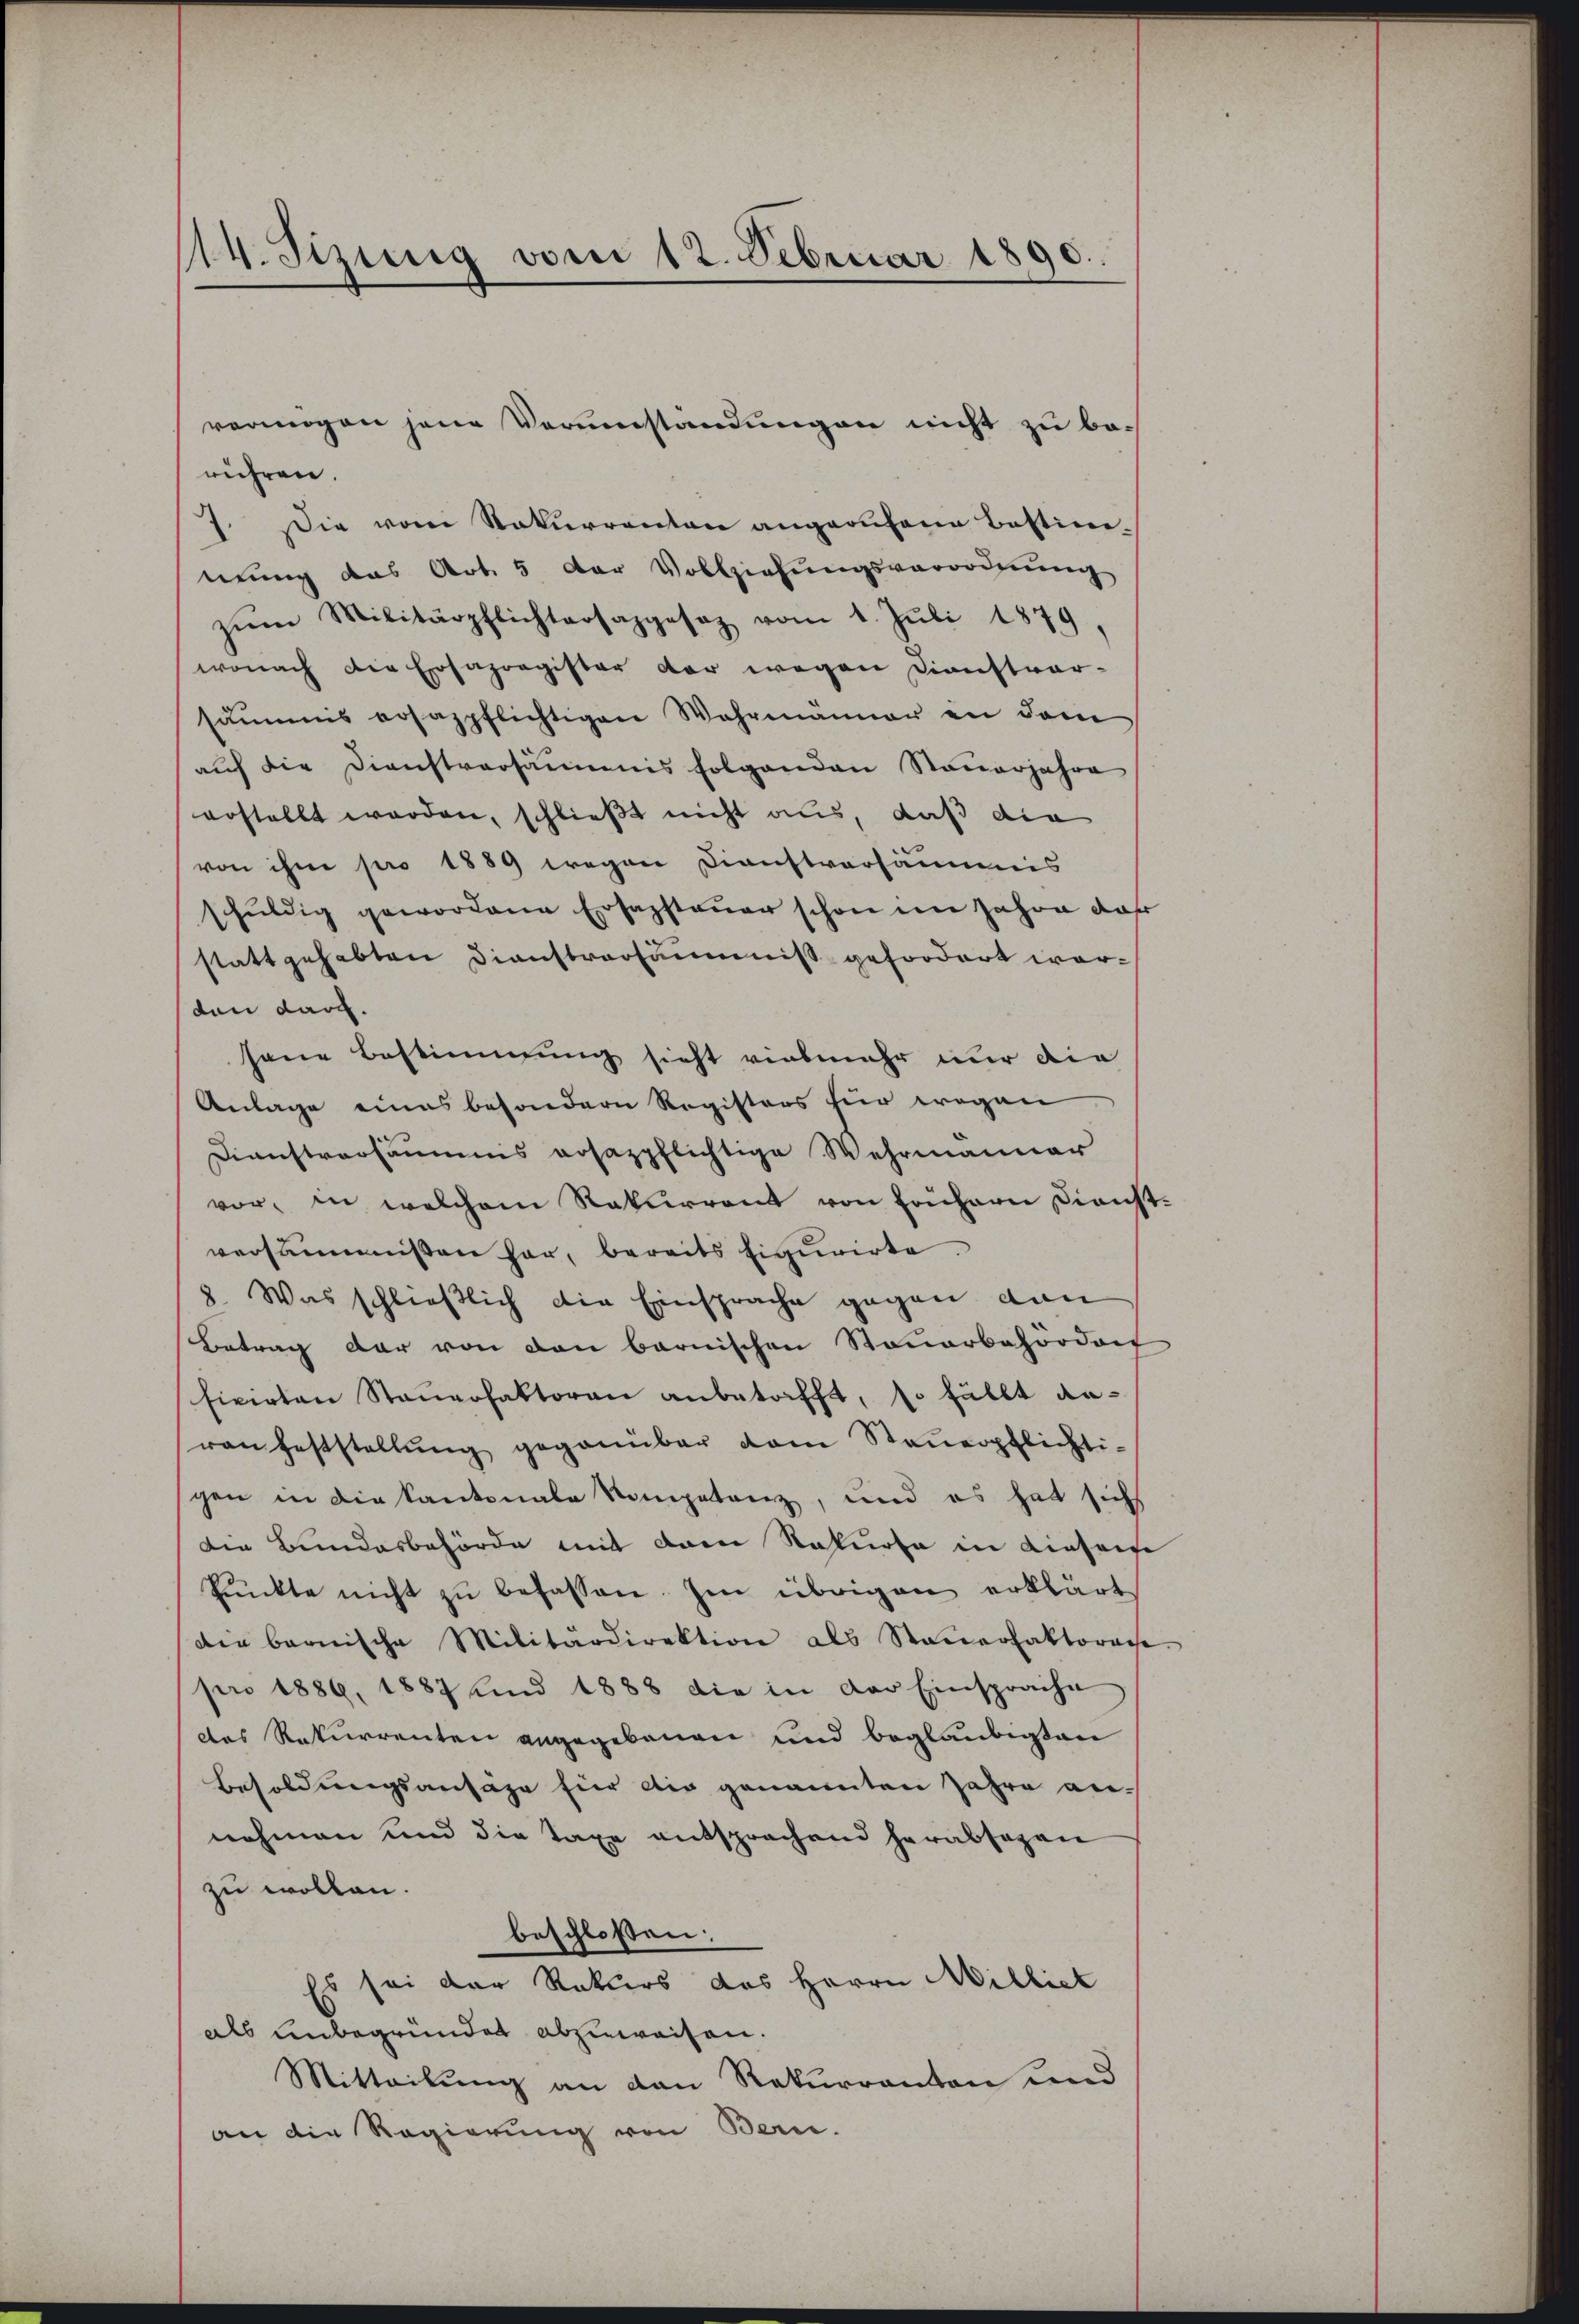
14. Jezing vom 12. Februar 1890.

rühren.
7. Die vom Rekurrenten angerufene Bestimmung das Art. 5 der Vollziehŭngsverordnung
zŭm Militärpflichtersazgesez vom 1. Jŭli 1879,
wonach die Ersapragister der wegen Dienstrar-
summis ersazpflichtigen Wahrmänner in dem
auf die Dienstversäumis folgenden Steuerjahre
erstellt werden, schließt nicht aus, daß die
von ihm pro 1889 wegen Dienstversäumis
schuldig gewordene Ersazsteuer schon im Jahre daß
stattgehabten Dienstrarsäumniß gefordert worden darf.
sene Bestimmung sieht vielmehr nur die
Anlage eines besondern Registers für wegen
Dienstversäumis aosazpflichtige Wehrmanner
vor, in welchem Rekurrent von frühern Dienst-
versammissen har, bereits figurirte.
8. Was schließlich die Einsprache gegen dan
Betrag dar von den barnischen Steuerbehördert
fixirten Steuerfaktoran anbetrifft, so fällt anran feststellŭng gegenüber vom Steŭerpflichti-
gen in die Kantonale Kompetenz, und es hat sich
Die Bundesbehörde mit drei Rekurse in dieseife
Punkte nicht zu befassen. Im übrigen erklärt
Die bernische Militärdirektion als Steŭerfaktorace
pro 1886, 1887 und 1888 die in der Einsprache
das Rekurrenten angegebenen und beglaubigten
Besoldungsansähe für die genannten Jahre annehmen und die Taxe entsprachend herabsagen
zu wollen.
beschloßen:
Es sei der Rekurs des Herrn Milliet
als unbegründet abzuweisen.
Mitteilung an den Rekurranton und
an die Regierung von Bern.

vermögen jene Verumständungen nicht zu be¬